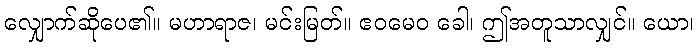
လျှောက်ဆိုပေ၏။ မဟာရာဇ၊ မင်းမြတ်။ ဧဝမေဝ ခေါ၊ ဤအတူသာလျှင်။ ယော၊